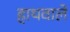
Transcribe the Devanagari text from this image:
हाथवाले